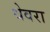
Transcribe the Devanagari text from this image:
धेवरा